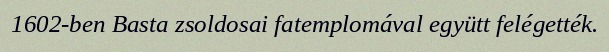
1602-ben Basta zsoldosai fatemplomával együtt felégették.